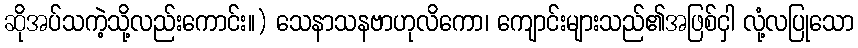
ဆိုအပ်သကဲ့သို့လည်းကောင်း။) သေနာသနဗာဟုလိကော၊ ကျောင်းများသည်၏အဖြစ်ငှါ လုံ့လပြုသော